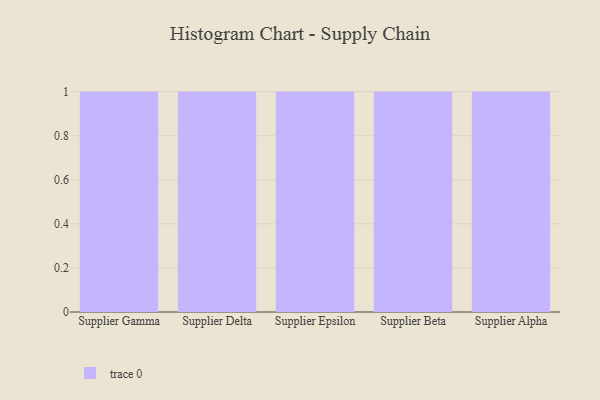
{"axis": {"x": "Supplier", "y": "Active Users"}, "legend": [""], "data": [{"x": "Supplier Gamma", "y": 27, "type": ""}, {"x": "Supplier Delta", "y": 58, "type": ""}, {"x": "Supplier Epsilon", "y": 76, "type": ""}, {"x": "Supplier Beta", "y": 29, "type": ""}, {"x": "Supplier Alpha", "y": 46, "type": ""}]}